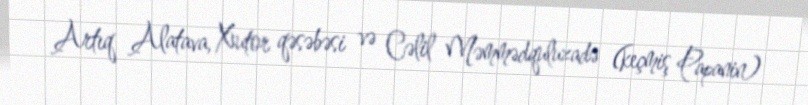
Artıq Alatava, Xutor qəsəbəsi və Cəlil Məmmədquluzadə (keçmiş Papanin)